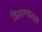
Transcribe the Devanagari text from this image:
डिसल्फाइड